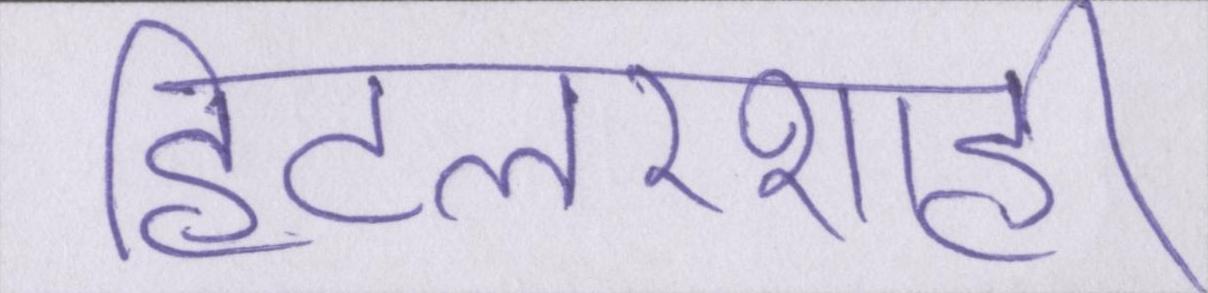
हिटलरशाही